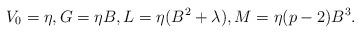
LaTeX: \begin{align*}V_0= \eta , G = \eta B, L = \eta ( B^2 + \lambda), M = \eta(p-2) B^3.\end{align*}